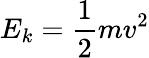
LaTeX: E_{k}={\frac{1}{2}}mv^{2}